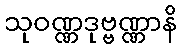
သုဝဏ္ဏဒုဗ္ဗဏ္ဏာနိ